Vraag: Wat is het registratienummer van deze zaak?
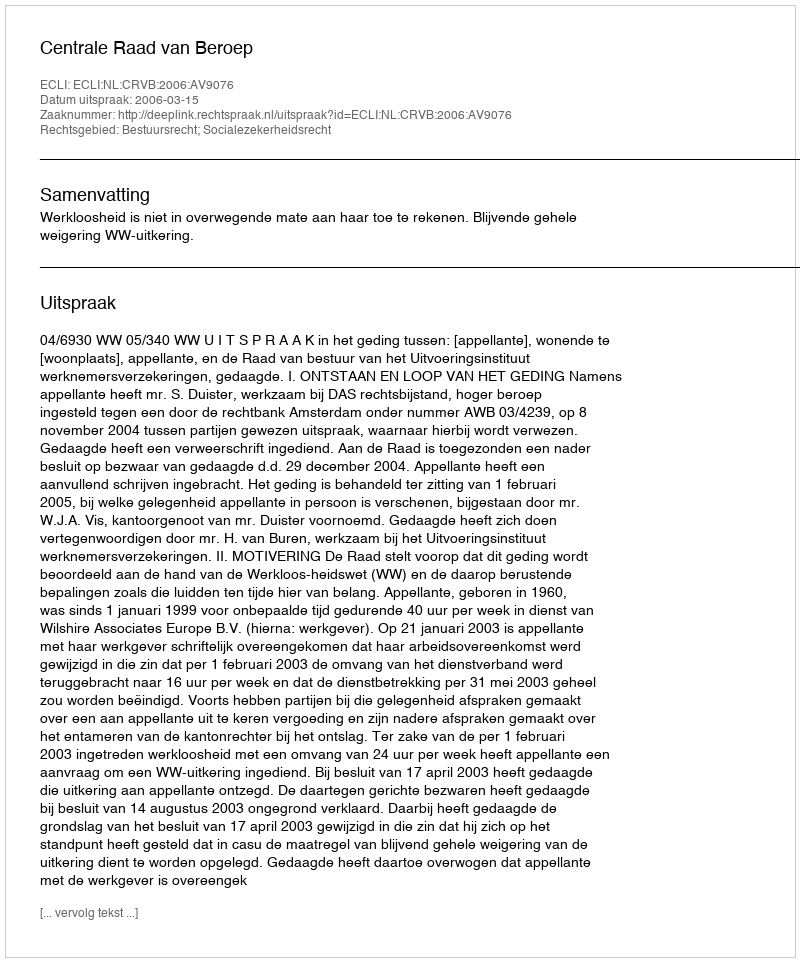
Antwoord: http://deeplink.rechtspraak.nl/uitspraak?id=ECLI:NL:CRVB:2006:AV9076